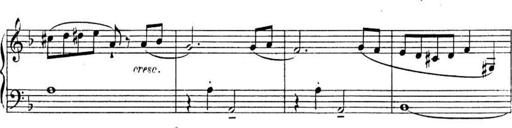
Title: Sonatines
Composer: Hedwige ChrÃ©tien